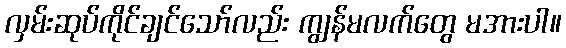
လှမ်းဆုပ်ကိုင်ချင်သော်လည်း ကျွန်မလက်တွေ မအားပါ။